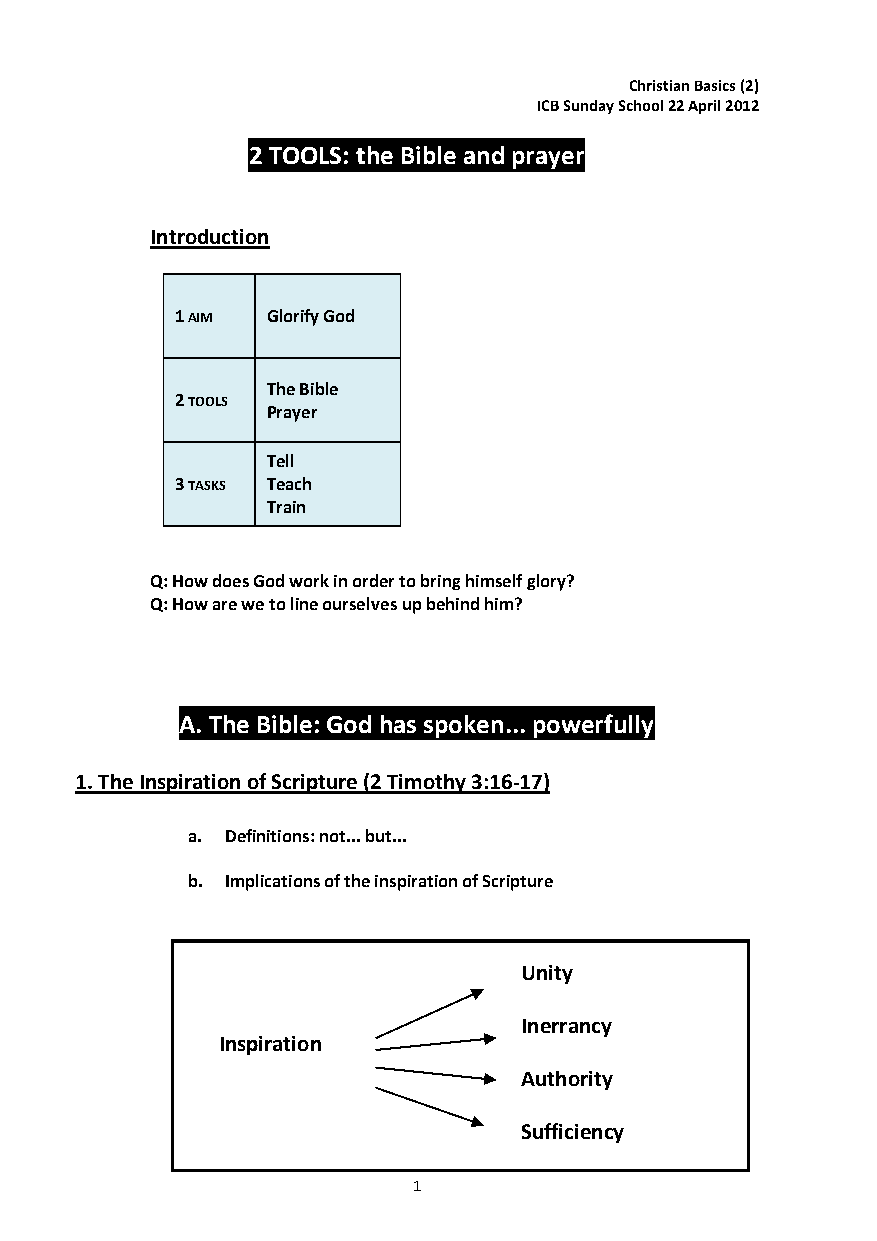
Christian Basics (2)
 ICB Sunday School 22 April 2012
 2 TOOLS: the Bible and prayer
 Introduction
 1 AIM Glorify God
 The Bible
 2 TOOLS
 Prayer
 Tell
 3 TASKS Teach
 Train
 Q: How does God work in order to bring himself glory?
 Q: How are we to line ourselves up behind him?
 A. The Bible: God has spoken... powerfully
 1. The Inspiration of Scripture (2 Timothy 3:16-17)
 a. Definitions: not... but...
 b. Implications of the inspiration of Scripture
 Unity
 Inerrancy
 Inspiration
 Authority
 Sufficiency
 1